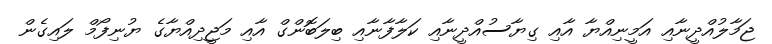
ޖަމާލުއްދީނާއި އަމީނިއްޔާ އާއި ގިޔާސުއްދީނާއި ކަލާފާނާއި ބިލަބޮންގް އާއި މަޖީދިއްޔާގެ ޔުނިފޯމް ލައިގެން